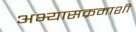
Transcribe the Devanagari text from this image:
अभ्यासक्रमाशी